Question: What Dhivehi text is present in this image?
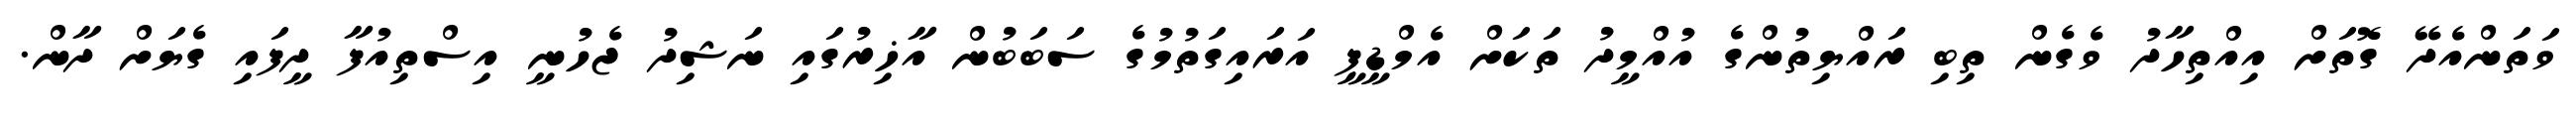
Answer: ވަތަންއެދޭ ގޮތަށް އިއްތިހާދު ވެގެން ތިބި ރައްޔިތުންގެ އުއްމީދު ތަކަށް އެމްޑީޕީ އަރައިގަތުމުގެ ސަބަބުން އާޚިރުގައި ނަޝިދު ޖެހުނީ އިސްތިއުފާ ދީފައި ގެޔަށް ދާން.